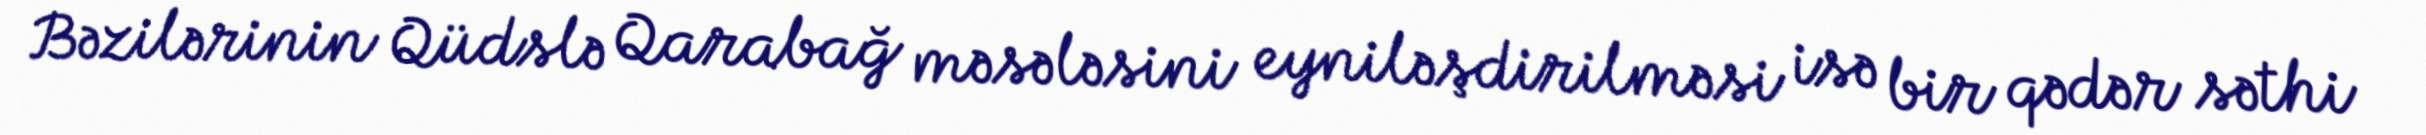
Bəzilərinin Qüdslə Qarabağ məsələsini eyniləşdirilməsi isə bir qədər səthi